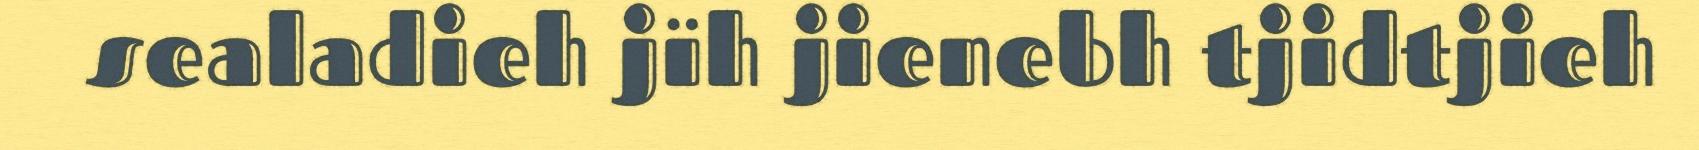
sealadieh jïh jienebh tjidtjieh